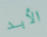
الأبد